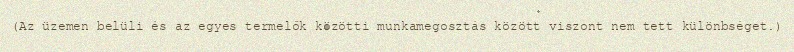
(Az üzemen belüli és az egyes termelők közötti munkamegosztás között viszont nem tett különbséget.)